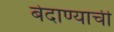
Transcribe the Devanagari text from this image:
बेदाण्याची